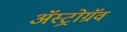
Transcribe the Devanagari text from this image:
अॅस्ट्रोग्रॅव